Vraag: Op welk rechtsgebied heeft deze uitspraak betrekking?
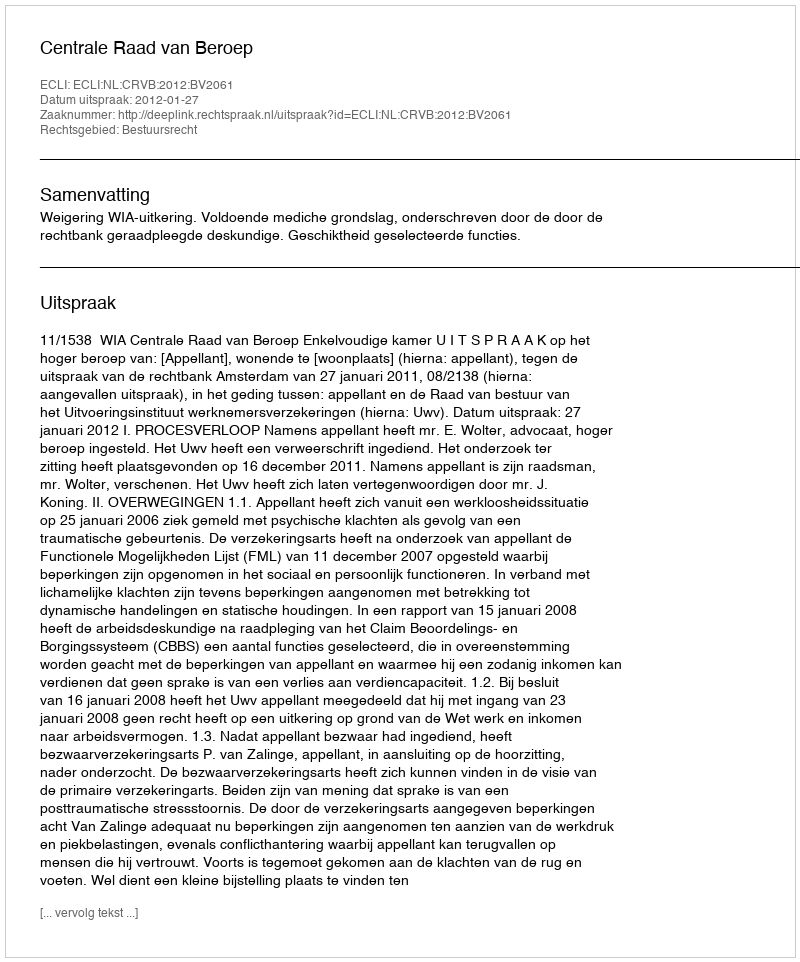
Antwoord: Bestuursrecht